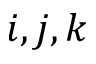
i , j , k